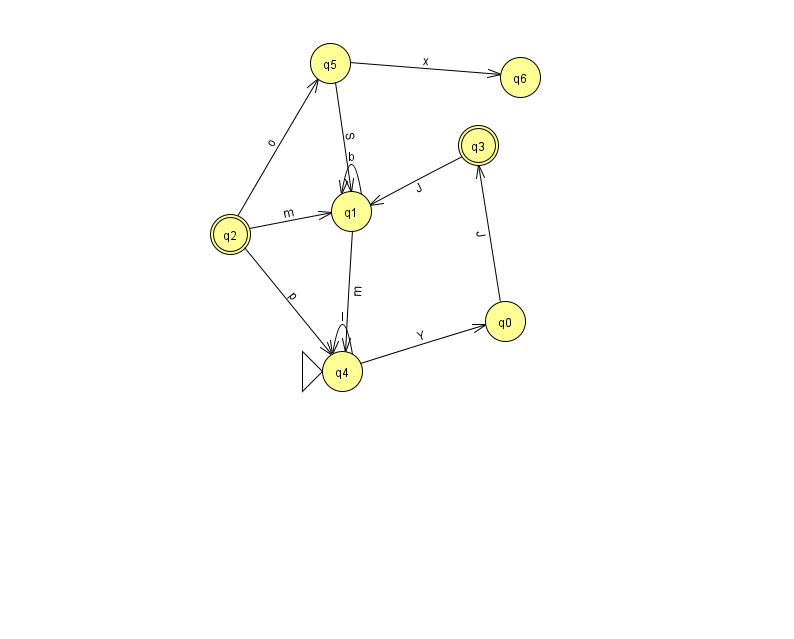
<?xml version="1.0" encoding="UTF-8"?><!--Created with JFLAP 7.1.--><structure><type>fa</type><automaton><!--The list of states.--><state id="0" name="q0"><x>505.0</x><y>308.0</y></state><state id="1" name="q1"><x>351.0</x><y>198.0</y></state><state id="2" name="q2"><x>230.0</x><y>221.0</y><final/></state><state id="3" name="q3"><x>478.0</x><y>132.0</y><final/></state><state id="4" name="q4"><x>342.0</x><y>358.0</y><initial/></state><state id="5" name="q5"><x>330.0</x><y>50.0</y></state><state id="6" name="q6"><x>520.0</x><y>64.0</y></state><!--The list of transitions.--><transition><from>0</from><to>3</to><read>J</read></transition><transition><from>4</from><to>0</to><read>Y</read></transition><transition><from>1</from><to>1</to><read>b</read></transition><transition><from>5</from><to>6</to><read>x</read></transition><transition><from>2</from><to>1</to><read>m</read></transition><transition><from>1</from><to>4</to><read>m</read></transition><transition><from>5</from><to>1</to><read>S</read></transition><transition><from>3</from><to>1</to><read>J</read></transition><transition><from>4</from><to>4</to><read>l</read></transition><transition><from>2</from><to>5</to><read>o</read></transition><transition><from>2</from><to>4</to><read>p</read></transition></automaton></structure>